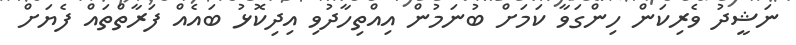
ނަޝީދު ވެރިކަން ހިންގަވާ ކަމަށް ބުނަމުން އިއްތިހާދުވި އިދިކޮޅު ބައެއް ފަރާތްތައް ފެޔަށް